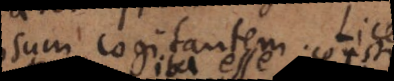
ipsum cogitantem. Licet